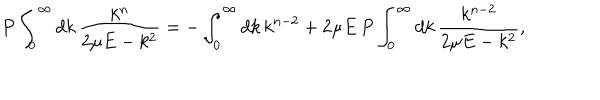
P \int _ { 0 } ^ { \infty } d k \, \frac { k ^ { n } } { 2 \mu E - k ^ { 2 } } = - \int _ { 0 } ^ { \infty } d k \, k ^ { n - 2 } + 2 \mu E \, P \int _ { 0 } ^ { \infty } d k \, \frac { k ^ { n - 2 } } { 2 \mu E - k ^ { 2 } } ,